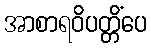
အာစာရဝိပတ္တိံပေ